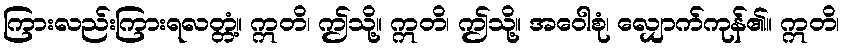
ကြားလည်းကြားရလတ္တံ့။ ဣတိ၊ ဤသို့။ ဣတိ၊ ဤသို့။ အဝေါစုံ၊ လျှောက်ကုန်၏။ ဣတိ၊